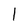
Character: 1